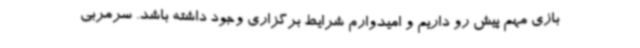
بازی مهم پیش رو داریم و امیدوارم شرایط برگزاری وجود داشته باشد. سرمربی